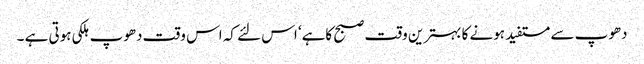
دھوپ سے مستفید ہونے کا بہترین وقت صبح کاہے‘ اس لئے کہ اس وقت دھوپ ہلکی ہوتی ہے ۔